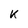
Character: K